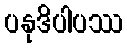
ပနုဒိပါပဿ